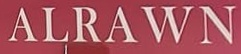
ALRAWN